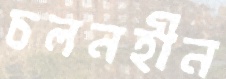
চলনহীন